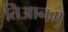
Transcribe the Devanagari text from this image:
तिआनमु